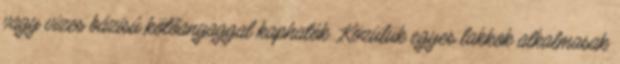
vagy vizes bázisú kötőanyaggal kaphatók. Közülük egyes lakkok alkalmasak